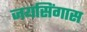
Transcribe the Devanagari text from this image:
जयसिंगास